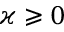
\varkappa \geqslant 0